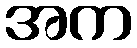
အက